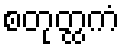
စတုတ္ထကံ